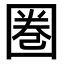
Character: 圏